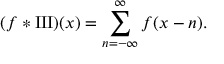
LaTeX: ( f * \operatorname { I I I } ) ( x ) = \sum _ { n = - \infty } ^ { \infty } f ( x - n ) .